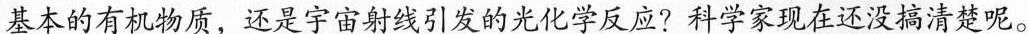
基本的有机物质，还是宇宙射线引发的化学反应? 科学家现在还没搞清楚呢。